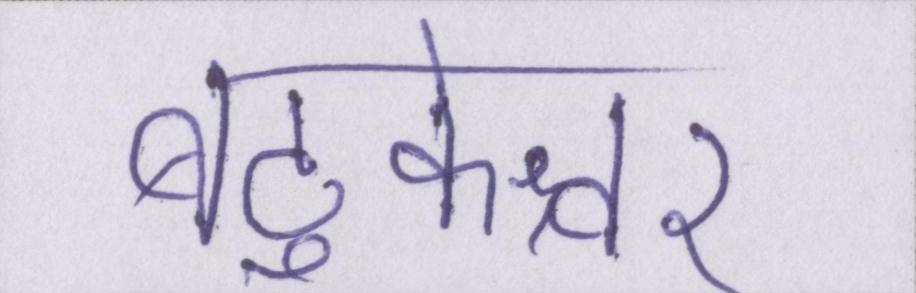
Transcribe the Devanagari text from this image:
बटुकेश्वर